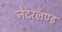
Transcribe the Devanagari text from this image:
नेदरलँण्ड